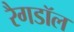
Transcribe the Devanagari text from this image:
रैगडॉल